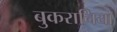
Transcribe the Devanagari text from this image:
बुकरानिया